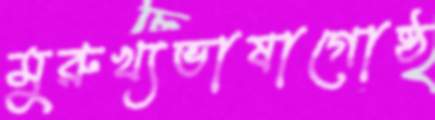
মুরুখ্যভাষাগোষ্ঠ